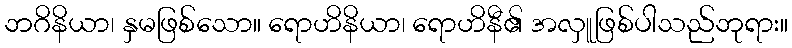
ဘဂိနိယာ၊ နှမဖြစ်သော။ ရောဟိနိယာ၊ ရောဟိနီ၏ အလှူဖြစ်ပါသည်ဘုရား။